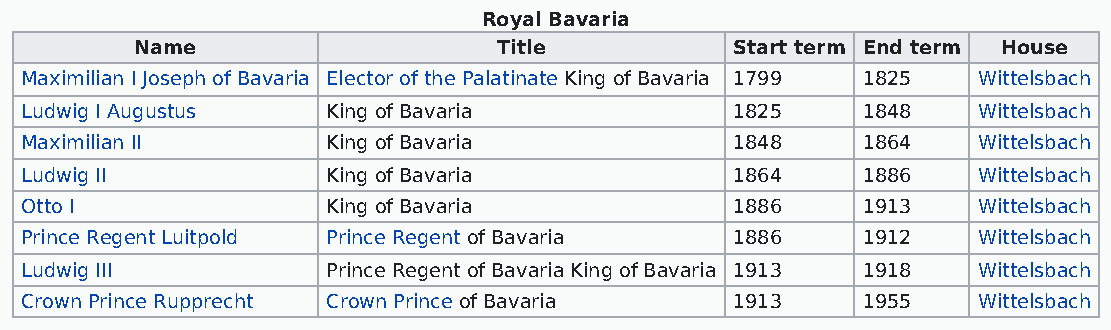
Royal Bavaria
 Name                    Title           Start term End term House
 Maximilian I Joseph of Bavaria Elector of the Palatinate King of Bavaria 1799 1825 Wittelsbach
 Ludwig I Augustus    King of Bavaria            1825    1848    Wittelsbach
 Maximilian II        King of Bavaria            1848    1864    Wittelsbach
 Ludwig II            King of Bavaria            1864    1886    Wittelsbach
 Otto I               King of Bavaria            1886    1913    Wittelsbach
 Prince Regent Luitpold Prince Regent of Bavaria 1886    1912    Wittelsbach
 Ludwig III           Prince Regent of Bavaria King of Bavaria 1913 1918 Wittelsbach
 Crown Prince Rupprecht Crown Prince of Bavaria  1913    1955    Wittelsbach